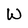
Character: W